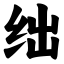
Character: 绌